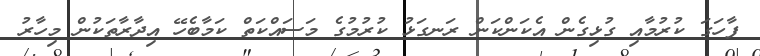
ފާހަގަ ކުރުމާއި ގުޅިގެން އެކަންކަން ރަނގަޅު ކުރުމުގެ މަސައްކަތް ކަމާބެހޭ އިދާރާތަކުން މިހާރު